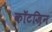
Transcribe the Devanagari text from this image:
कॉटज़िन